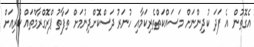
އެގޮތުން އެ ފަދަ ކުދިންނަށް މަސައްކަތްތެރިކަމާއި ހުނަރު ދަސްކޮށްދިނުމަށް ތަފާތު ޕްރޮގްރާމްތައް ކުރިއަށް